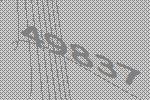
49837